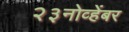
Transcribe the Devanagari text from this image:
२३नोव्हेंबर